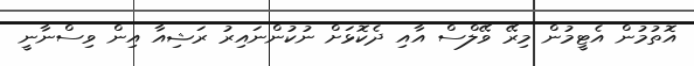
އޮތުމުން އެޓީމުން މިރޭ ވޭލްސް އާއި ދެކޮޅަށް ނުކުންނައިރު ރަޝިއާ އިން ވިސްނާނީ